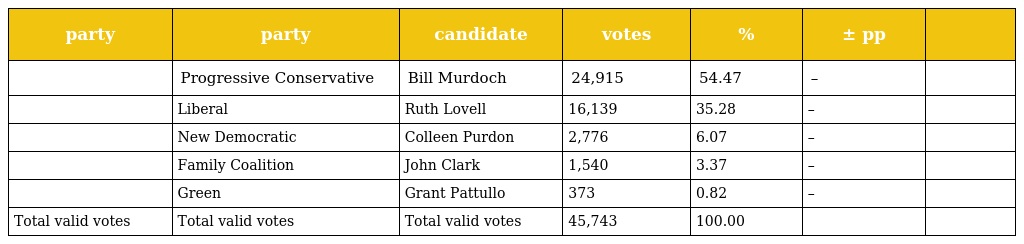
| party | party | candidate | votes | % | ± pp |  |
 | --- | --- | --- | --- | --- | --- | --- |
 |  | Progressive Conservative | Bill Murdoch | 24,915 | 54.47 | – |  |
 |  | Liberal | Ruth Lovell | 16,139 | 35.28 | – |  |
 |  | New Democratic | Colleen Purdon | 2,776 | 6.07 | – |  |
 |  | Family Coalition | John Clark | 1,540 | 3.37 | – |  |
 |  | Green | Grant Pattullo | 373 | 0.82 | – |  |
 | Total valid votes | Total valid votes | Total valid votes | 45,743 | 100.00 |  |  |